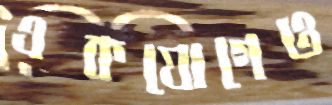
একযোগেও